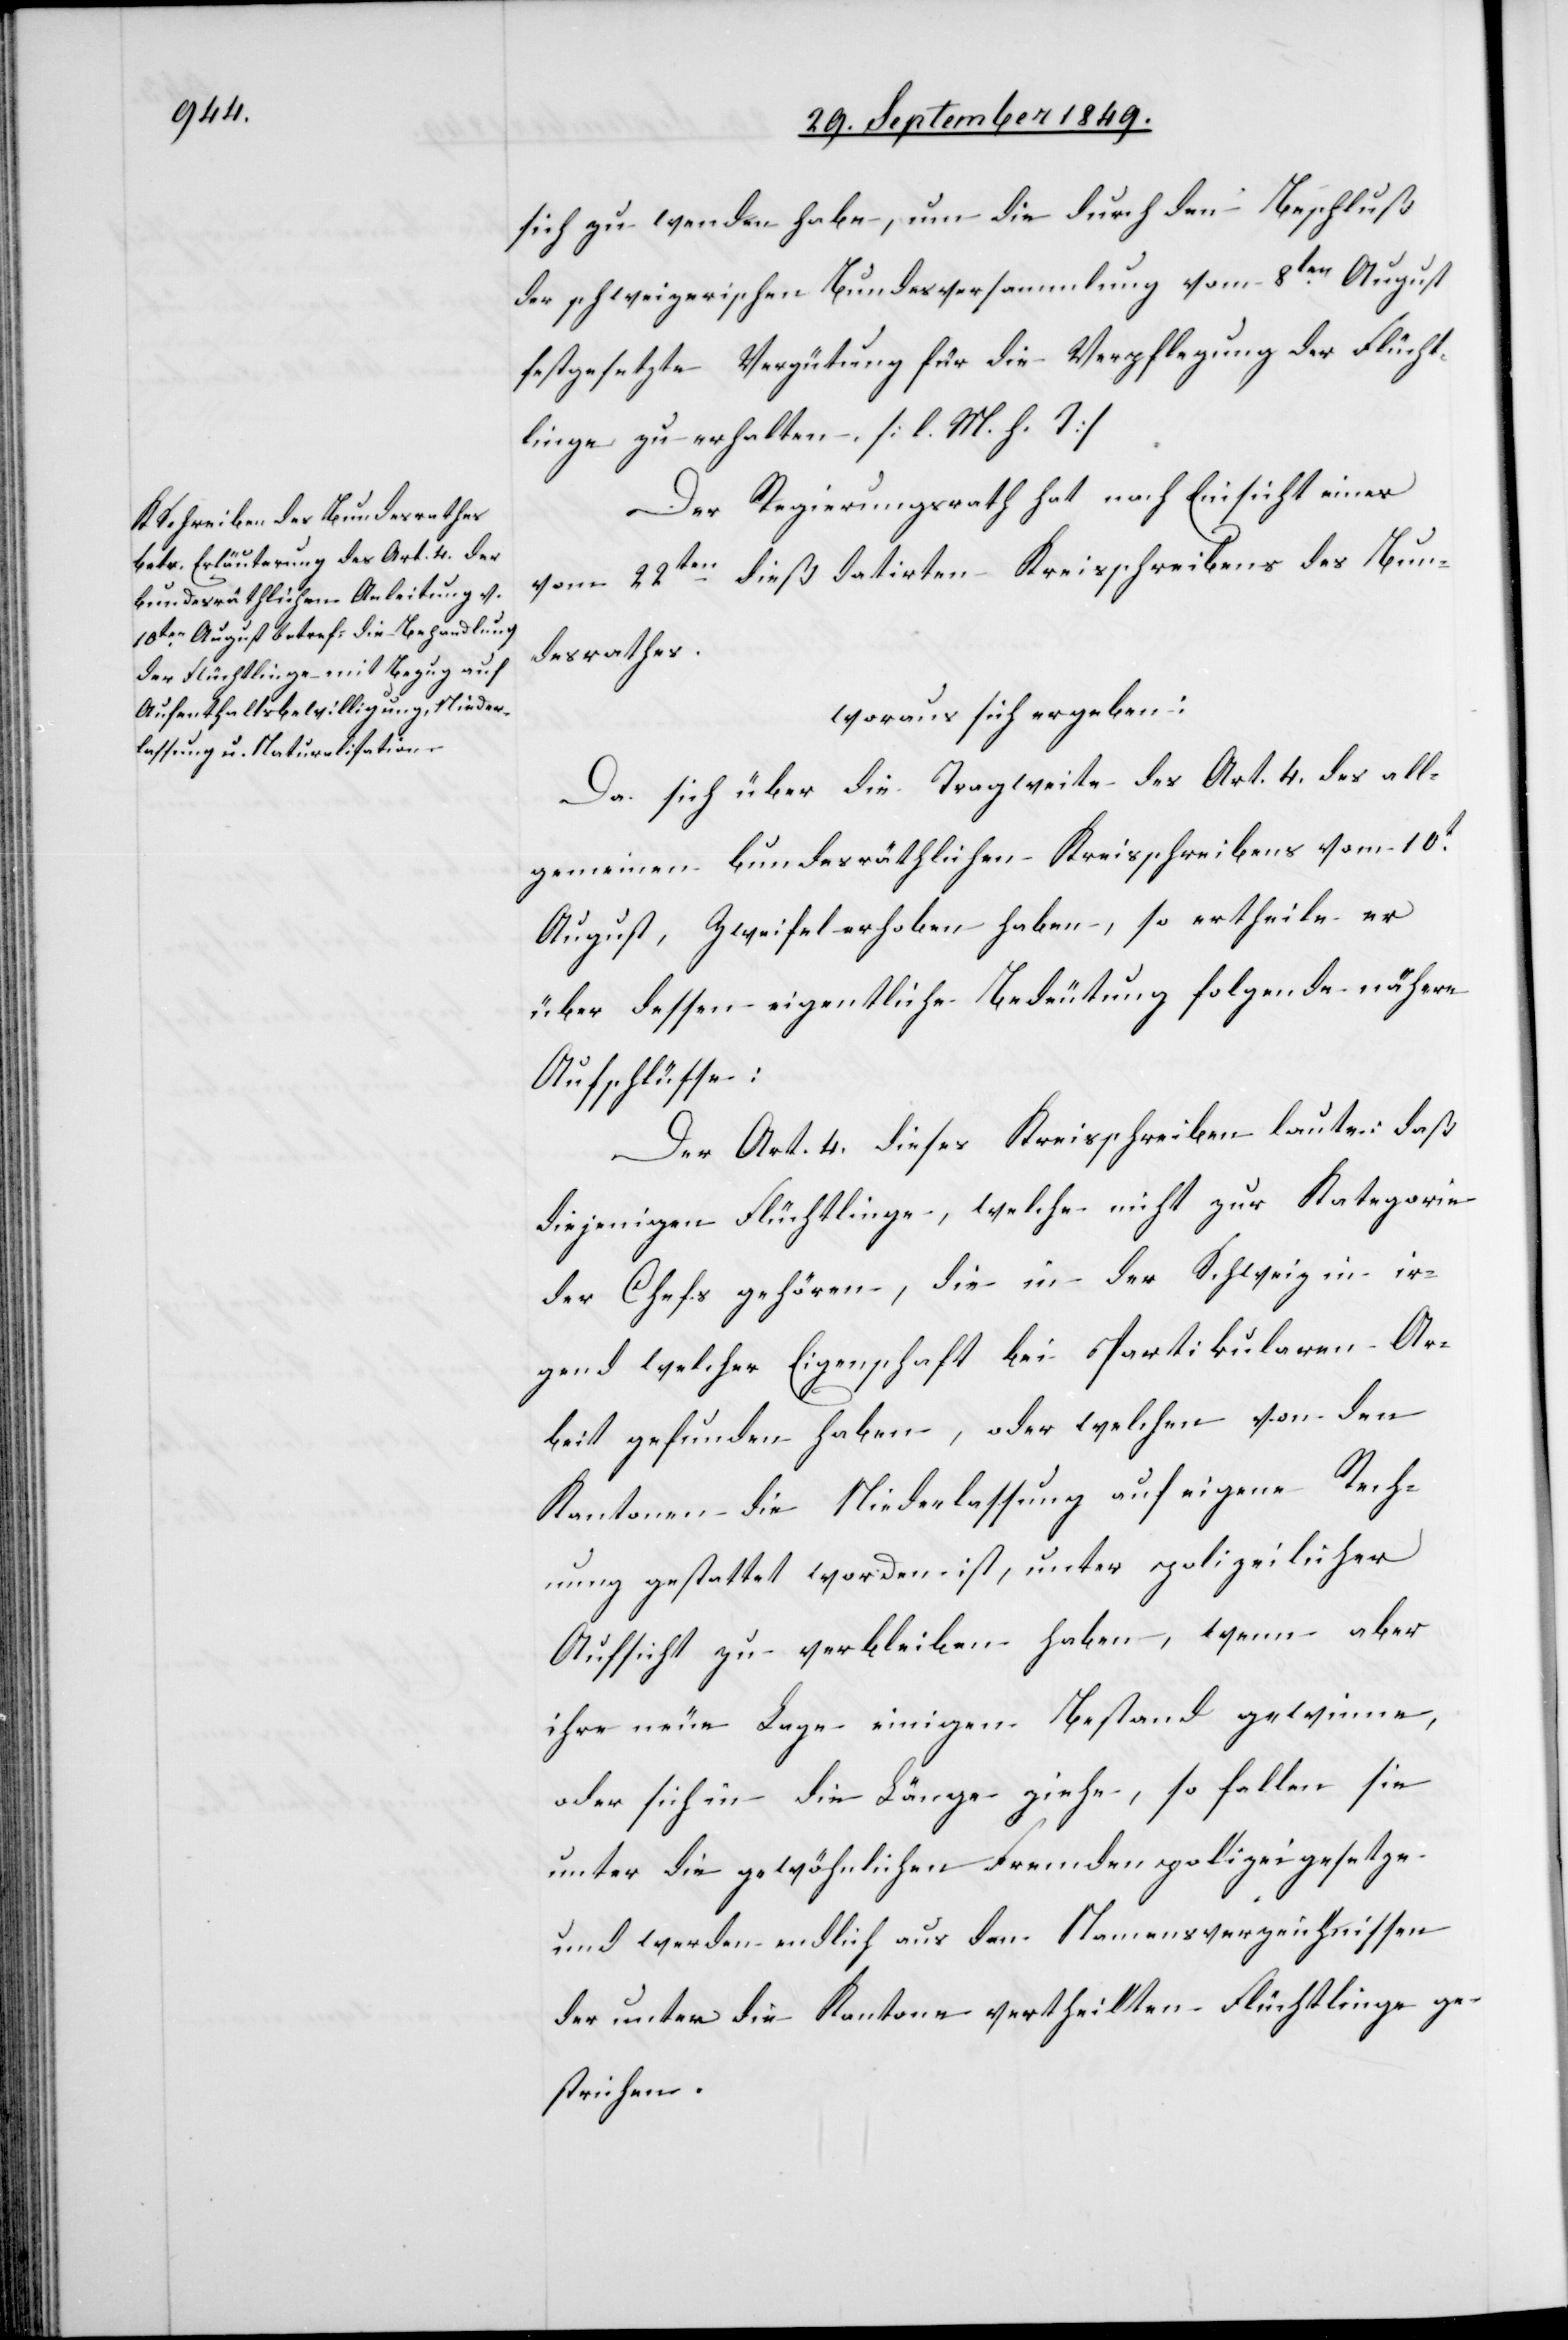
sich zu wenden habe, um die durch den Beschluß
der schweizerischen Bundesversammlung vom 8ten August
festgesetzte Vergütung für die Verpflegung der Flücht¬
linge zu erhalten. [l. M. h. T]
Der Regierungsrath hat nach Einsicht einer
vom 22ten dieß datirten Kreisschreibens des Bun¬
desrathes.
woraus sich ergeben:
Da sich über die Tragweite des Art. 4. des all¬
gemeinen bundesräthlichen Kreisschreibens vom 10t
August, Zweifel erhoben haben, so ertheile er
über dessen eigentliche Bedeutung folgende nähere
Aufschlüsse:
Der Art. 4. dieses Kreisschreibens laute: daß
diejenigen Flüchtlinge, welche nicht zur Kategorie
der Chefs gehören, die in der Schweiz in ir¬
gend welcher Eigenschaft bei Partikularen Ar¬
beit gefunden haben, oder welchen von den
Kantonen die Niederlassung auf eigene Rech¬
nung gestattet worden ist, unter polizeilicher
Aufsicht zu verbleiben haben, wenn aber
ihre neue Lage einigen Bestand gewinne,
oder sich in die Länge ziehe, so fallen sie
unter die gewöhnlichen Fremdenpolizeigesetze
und werden endlich aus den Namensverzeichnissen
der unter die Kantone vertheilten Flüchtlinge ge¬
strichen.